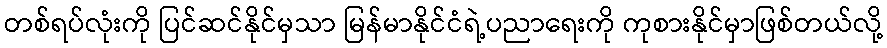
တစ်ရပ်လုံးကို ပြင်ဆင်နိုင်မှသာ မြန်မာနိုင်ငံရဲ့ပညာရေးကို ကုစားနိုင်မှာဖြစ်တယ်လို့